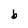
Character: b